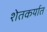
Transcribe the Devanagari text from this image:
शेतकर्यात